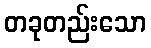
တခုတည်းသော